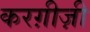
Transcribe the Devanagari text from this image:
करग़ीज़ी